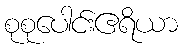
စုစုပေါင်းဧရိယာ